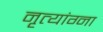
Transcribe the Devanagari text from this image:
नृत्यांग्ना